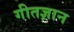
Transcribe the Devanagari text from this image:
गीतज्ञान